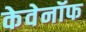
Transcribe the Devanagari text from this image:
केवेनॉफ